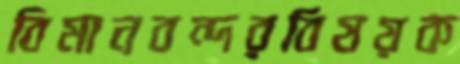
বিমানবন্দরবিষয়ক